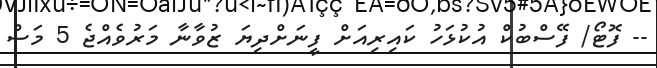
-- ފޮޓޯ/ ފޭސްބުކް އުކުޅަހު ކައިރިއަށް ފީނަށްދިޔަ ޒުވާނާ މަރުވެއްޖެ 5 މަސް